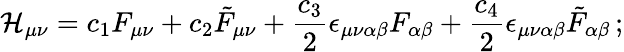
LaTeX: {\cal H}_{\mu\nu}=c_{1}F_{\mu\nu}+c_{2}\tilde{F}_{\mu\nu}+{\frac{c_{3}}{2}}\epsilon_{\mu\nu\alpha\beta}F_{\alpha\beta}+{\frac{c_{4}}{2}}\epsilon_{\mu\nu\alpha\beta}\tilde{F}_{\alpha\beta}\, ;